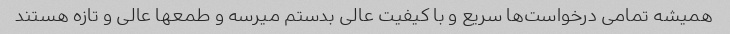
همیشه تمامی درخواست‌ها سریع و با کیفیت عالی بدستم میرسه و طمعها عالی و تازه هستند